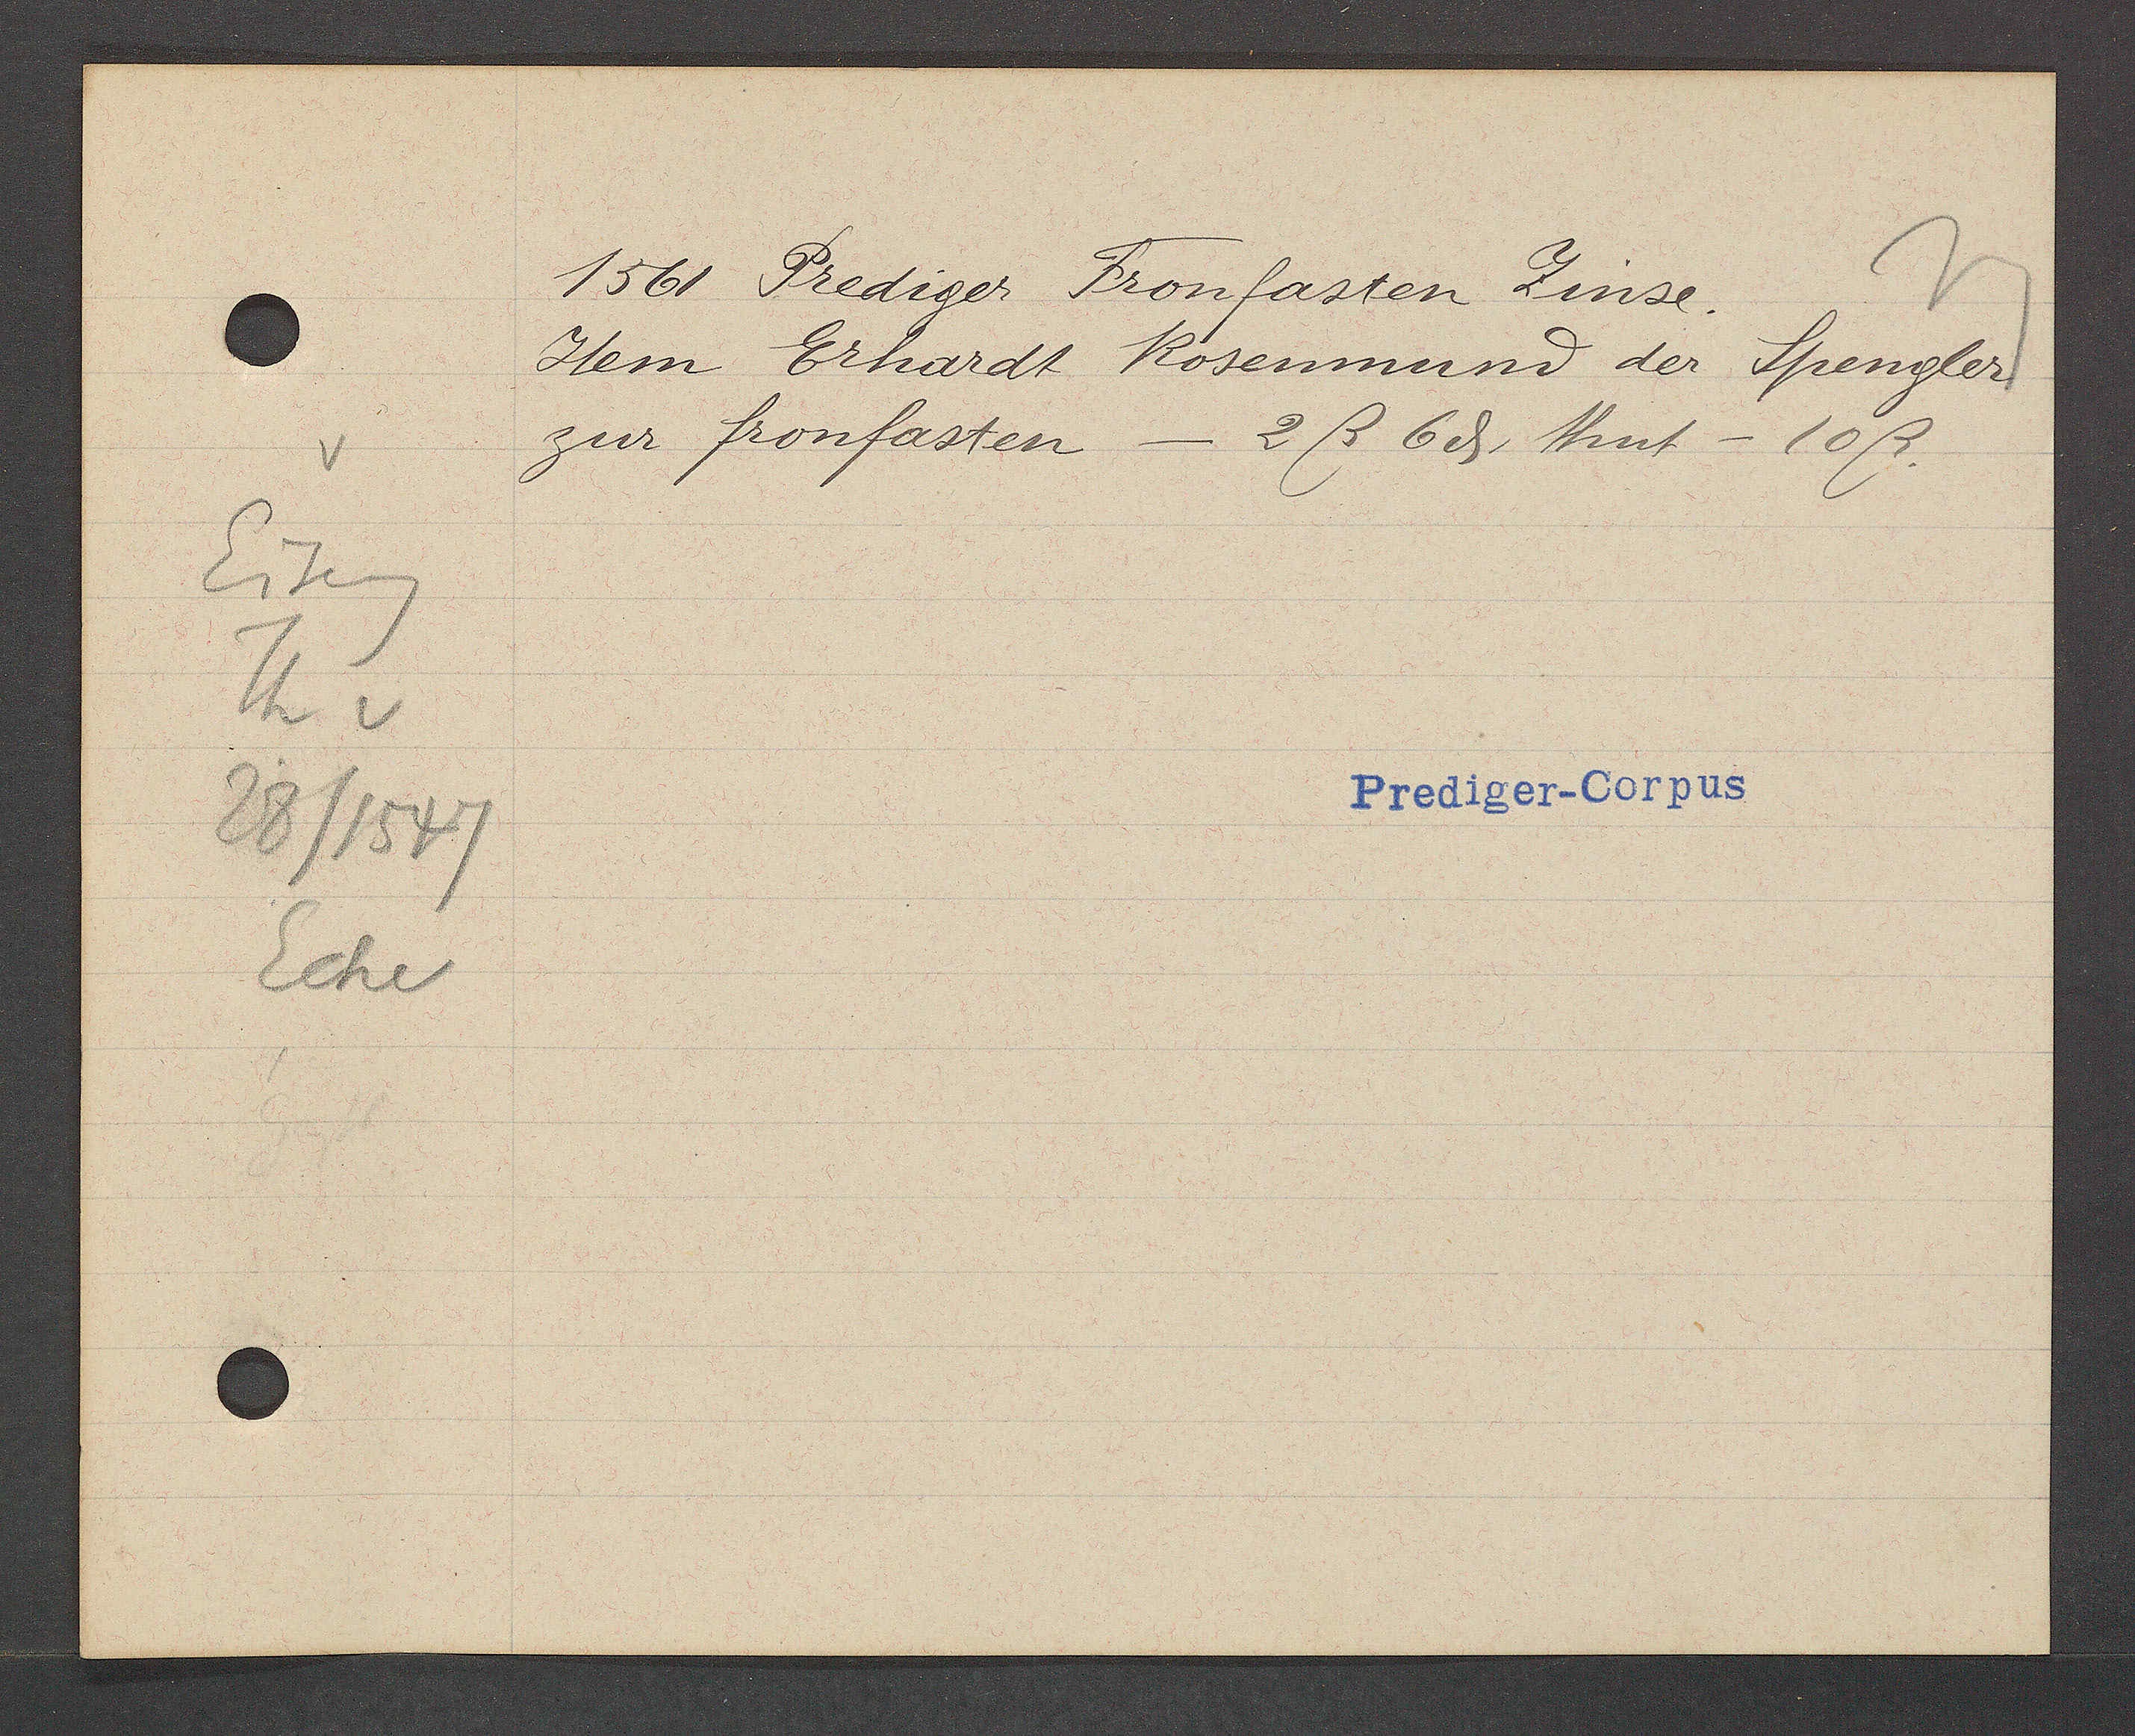
Transcript:
Eiseng
Th v
28/1547
Ecke

1561 Prediger Fronfasten Zinse.

Item Erhardt Rosenmund der Spengler
zur fronfasten
- 2ß 6ȡ, thut - 10ß.

Prediger-Corpus